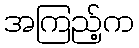
အကြည့်က